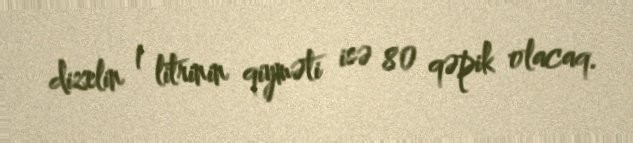
dizelin 1 litrinin qiyməti isə 80 qəpik olacaq.